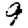
Digit: 9